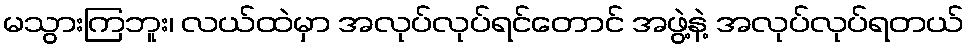
မသွားကြဘူး၊ လယ်ထဲမှာ အလုပ်လုပ်ရင်တောင် အဖွဲ့နဲ့ အလုပ်လုပ်ရတယ်